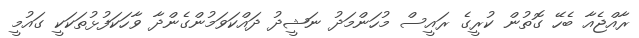
ރާއްޖެއާ ބެހޭ ގޮތުން ކުރީގެ ރައީސް މުހަންމަދު ނަޝީދު ދައްކަވަމުންގެންދާ ވާހަކަފުޅުތަކަކީ ގައުމީ